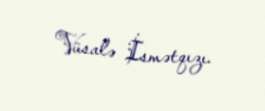
Vüsalə İsmətqızı.